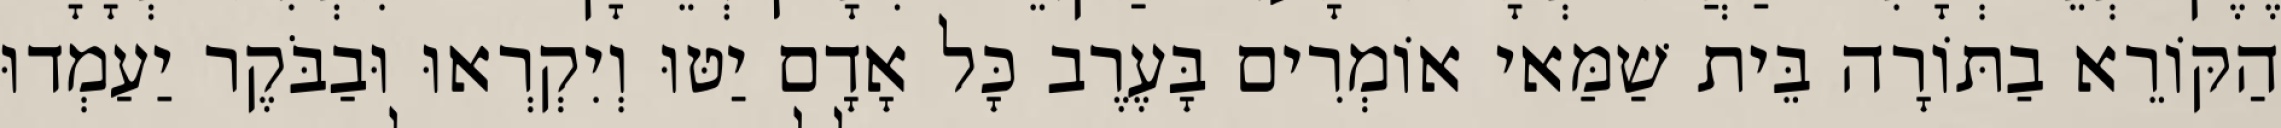
הַקּוֹרֵא בַתּוֹרָה בֵּית שַׁמַּאי אוֹמְרִים בָּעֶרֶב כָּל אָדָם יַטּוּ וְיִקְרְאוּ וּבַבֹּקֶר יַעַמְדוּ